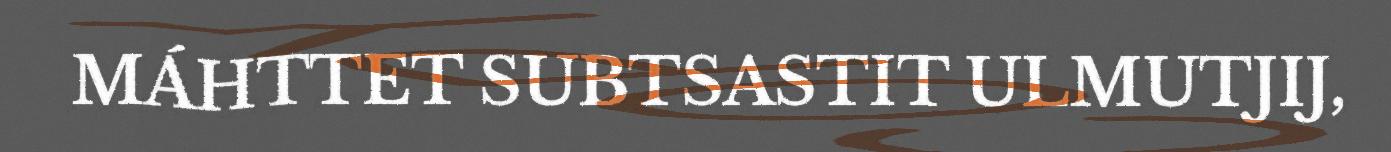
MÁHTTET SUBTSASTIT ULMUTJIJ,